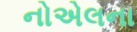
નોએલના